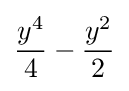
{\frac {y^{4}}{4}}-{\frac {y^{2}}{2}}